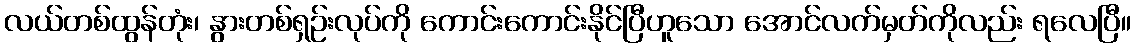
လယ်တစ်ထွန်တုံး၊ နွားတစ်ရှဉ်းလုပ်ကို ကောင်းကောင်းနိုင်ပြီဟူသော အောင်လက်မှတ်ကိုလည်း ရလေပြီ။